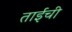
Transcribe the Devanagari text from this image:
ताईची